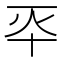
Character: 𠦓